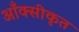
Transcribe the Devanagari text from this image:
आँक्सीकृत